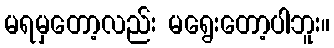
မရမှတော့လည်း မရွေးတော့ပါဘူး။